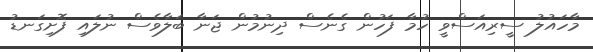
މާހައުލު ސީރިއަސްވީ ހުމާ ފަހުން ގެނެސް ދިނުމުން ޖަނާ ބަލާވެސް ނުލައި ފޮށިގަނޑު